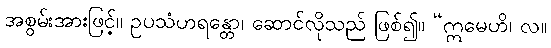
အစွမ်းအားဖြင့်။ ဥပသံဟရန္တော၊ ဆောင်လိုသည် ဖြစ်၍။ “ဣမေဟိ၊ လ။